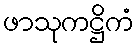
ဖာသုကဋ္ဌိကံ